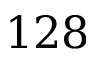
1 2 8